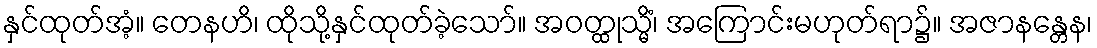
နှင်ထုတ်အံ့။ တေနဟိ၊ ထိုသို့နှင်ထုတ်ခဲ့သော်။ အဝတ္ထုသ္မိံ၊ အကြောင်းမဟုတ်ရာ၌။ အဇာနန္တေန၊